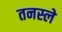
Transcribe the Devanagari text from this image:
तनस्ले